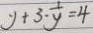
y + 3 \cdot \frac { 1 } { y } = 4